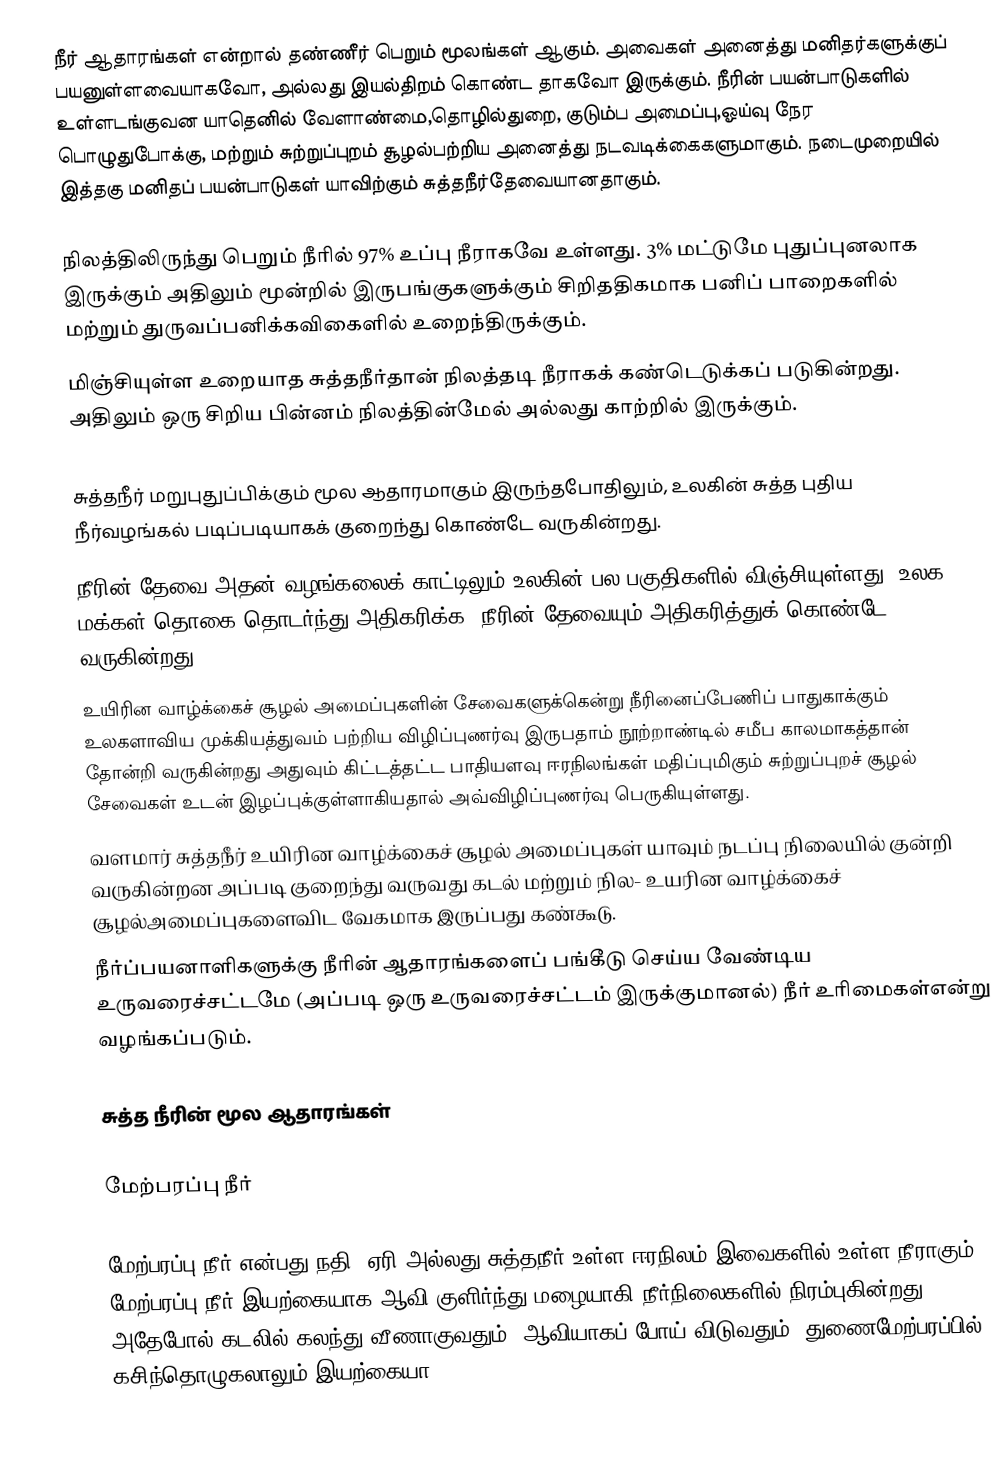
நீர் ஆதாரங்கள் என்றால் தண்ணீர் பெறும் மூலங்கள் ஆகும். அவைகள் அனைத்து மனிதர்களுக்குப் பயனுள்ளவையாகவோ, அல்லது இயல்திறம் கொண்ட தாகவோ இருக்கும். நீரின் பயன்பாடுகளில் உள்ளடங்குவன யாதெனில் வேளாண்மை,தொழில்துறை, குடும்ப அமைப்பு,ஓய்வு நேர பொழுதுபோக்கு, மற்றும் சுற்றுப்புறம் சூழல்பற்றிய அனைத்து நடவடிக்கைகளுமாகும். நடைமுறையில் இத்தகு மனிதப் பயன்பாடுகள் யாவிற்கும் சுத்தநீர்தேவையானதாகும்.

 நிலத்திலிருந்து பெறும் நீரில் 97% உப்பு நீராகவே உள்ளது. 3% மட்டுமே புதுப்புனலாக இருக்கும் அதிலும் மூன்றில் இருபங்குகளுக்கும் சிறிததிகமாக பனிப் பாறைகளில் மற்றும் துருவப்பனிக்கவிகைளில் உறைந்திருக்கும்.
மிஞ்சியுள்ள உறையாத சுத்தநீர்தான் நிலத்தடி நீராகக் கண்டெடுக்கப் படுகின்றது. அதிலும் ஒரு சிறிய பின்னம் நிலத்தின்மேல் அல்லது காற்றில் இருக்கும்.

சுத்தநீர் மறுபுதுப்பிக்கும் மூல ஆதாரமாகும் இருந்தபோதிலும், உலகின் சுத்த புதிய நீர்வழங்கல் படிப்படியாகக் குறைந்து கொண்டே வருகின்றது.
நீரின் தேவை அதன் வழங்கலைக் காட்டிலும் உலகின் பல பகுதிகளில் விஞ்சியுள்ளது. உலக மக்கள் தொகை தொடர்ந்து அதிகரிக்க, நீரின் தேவையும் அதிகரித்துக் கொண்டே வருகின்றது.
உயிரின வாழ்க்கைச் சூழல் அமைப்புகளின் சேவைகளுக்கென்று நீரினைப்பேணிப் பாதுகாக்கும் உலகளாவிய முக்கியத்துவம் பற்றிய விழிப்புணர்வு இருபதாம் நூற்றாண்டில் சமீப காலமாகத்தான் தோன்றி வருகின்றது அதுவும் கிட்டத்தட்ட பாதியளவு ஈரநிலங்கள் மதிப்புமிகும் சுற்றுப்புறச் சூழல் சேவைகள் உடன் இழப்புக்குள்ளாகியதால் அவ்விழிப்புணர்வு பெருகியுள்ளது.
வளமார் சுத்தநீர் உயிரின வாழ்க்கைச் சூழல் அமைப்புகள் யாவும் நடப்பு நிலையில் குன்றி வருகின்றன அப்படி குறைந்து வருவது கடல் மற்றும் நில- உயரின வாழ்க்கைச் சூழல்அமைப்புகளைவிட வேகமாக இருப்பது கண்கூடு.
நீர்ப்பயனாளிகளுக்கு நீரின் ஆதாரங்களைப் பங்கீடு செய்ய வேண்டிய உருவரைச்சட்டமே (அப்படி ஒரு உருவரைச்சட்டம் இருக்குமானல்) நீர் உரிமைகள்என்று வழங்கப்படும்.

சுத்த நீரின் மூல ஆதாரங்கள்

மேற்பரப்பு நீர்

மேற்பரப்பு நீர் என்பது நதி, ஏரி அல்லது சுத்தநீர் உள்ள ஈரநிலம் இவைகளில் உள்ள நீராகும். மேற்பரப்பு நீர் இயற்கையாக ஆவி குளிர்ந்து மழையாகி நீர்நிலைகளில் நிரம்புகின்றது. அதேபோல் கடலில் கலந்து வீணாகுவதும், ஆவியாகப் போய் விடுவதும், துணைமேற்பரப்பில் கசிந்தொழுகலாலும் இயற்கையா